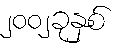
၂၀၀၂ခုနှစ်